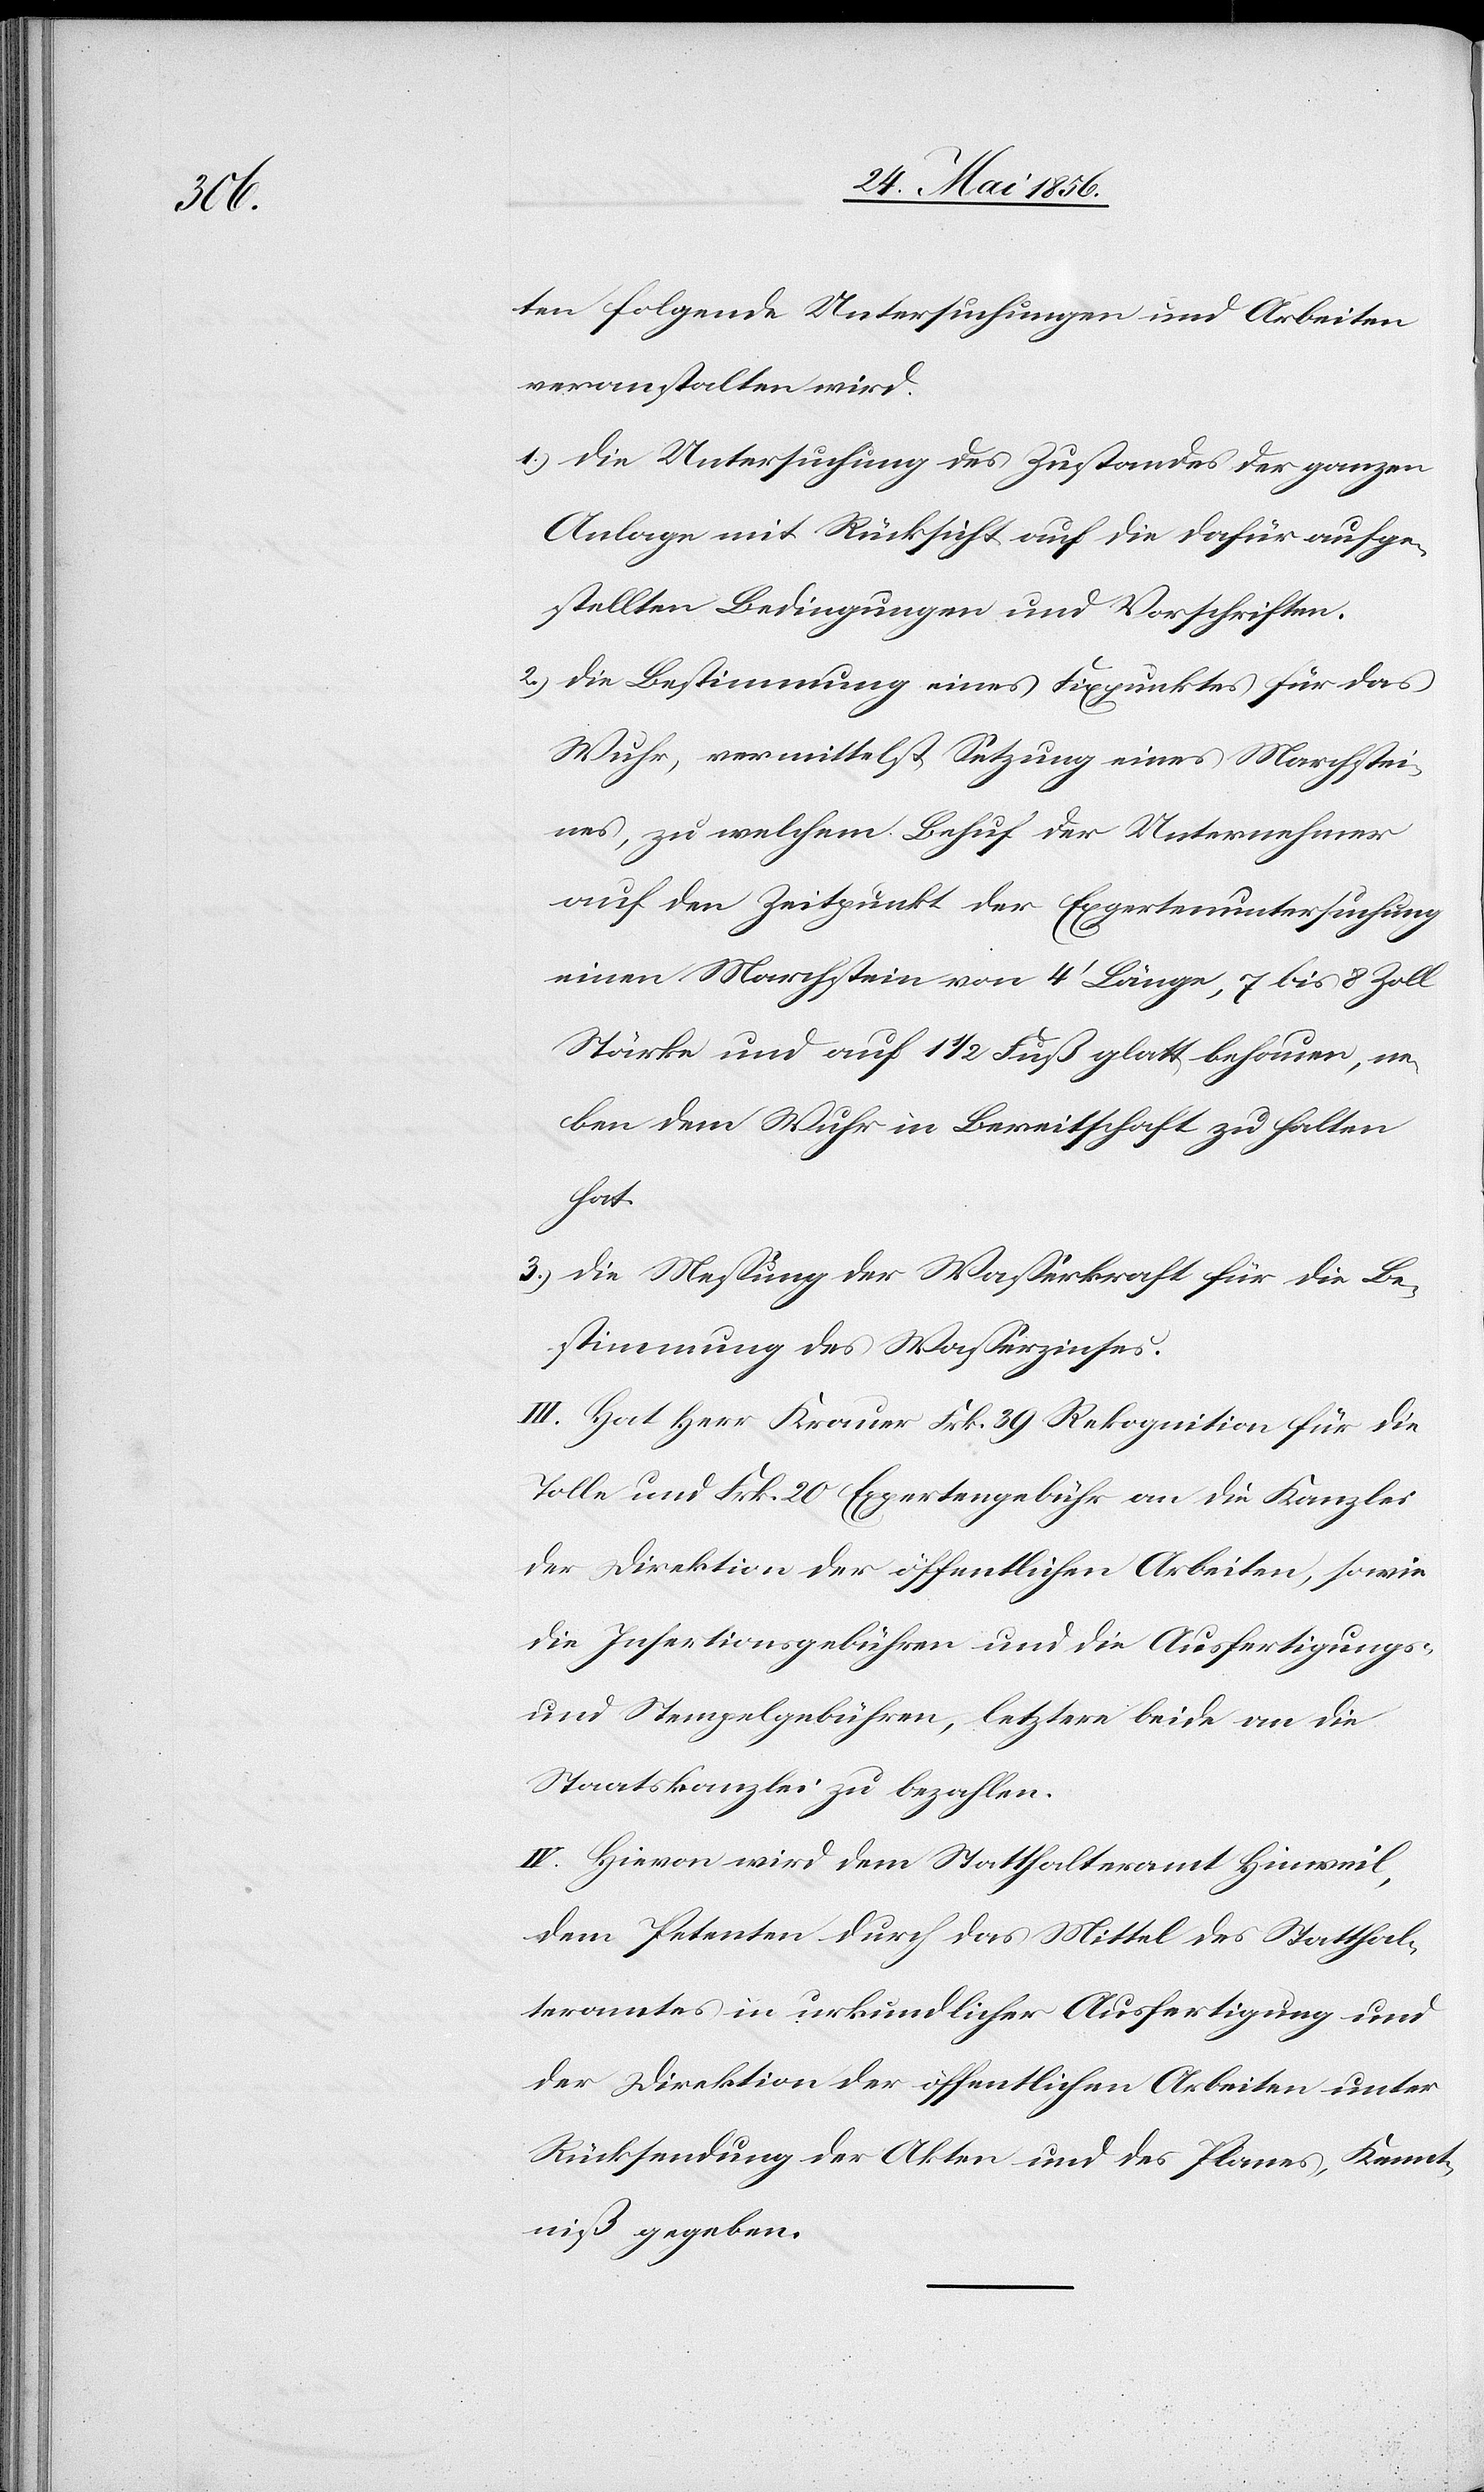
ten folgende Untersuchungen und Arbeiten
veranstalten wird.
1.) Die Untersuchung des Zustandes der ganzen
Anlage mit Rücksicht auf die dafür aufge¬
stellten Bedingungen und Vorschriften.
2.) Die Bestimmung eines Fixpunktes für das
Wuhr, vermittelst Setzung eines Marchstei¬
nes, zu welchem Behuf der Unternehmer
auf den Zeitpunkt der Expertenuntersuchung
einen Marchstein von 4’ Länge, 7 bis 8 Zoll
Stärke und auf 1 ½ Fuß glatt behauen, ne¬
ben dem Wuhr in Bereitschaft zu halten
hat.
3.) Die Messung der Wasserkraft für die Be¬
stimmung des Wasserzinses.
III. Hat Herr Krauer Frk. 39 Rekognition für die
Tolle und Frk. 20 Expertengebühr an die Kanzlei
der Direktion der öffentlichen Arbeiten, sowie
die Insertionsgebühren und die Ausfertigungs-
und Stempelgebühren, letztere beide an die
Staatskanzlei zu bezahlen.
IV. Hievon wird dem Statthalteramt Hinweil,
dem Petenten durch das Mittel des Statthal¬
teramtes in urkundlicher Ausfertigung und
der Direktion der öffentlichen Arbeiten unter
Rücksendung der Akten und des Planes, Kennt¬
niß gegeben.